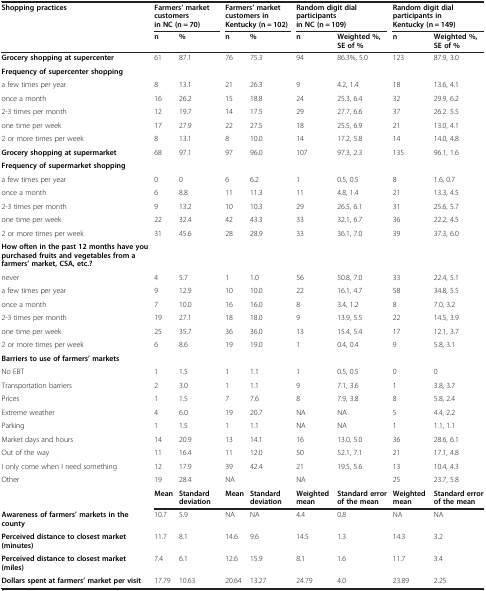
<table><thead><tr><td><b>Shopping practices</b></td><td colspan="2"><b>Farmers’ market customers in NC (n = 70)</b></td><td colspan="2"><b>Farmers’ market customers in Kentucky (n = 102)</b></td><td colspan="2"><b>Random digit dial participants in NC (n = 109)</b></td><td colspan="2"><b>Random digit dial participants in Kentucky (n = 149)</b></td></tr><tr><td><b> </b></td><td><b>n</b></td><td><b>%</b></td><td><b>n</b></td><td><b>%</b></td><td><b>n</b></td><td><b>Weighted %, SE of %</b></td><td><b>n</b></td><td><b>Weighted %, SE of %</b></td></tr></thead><tbody><tr><td><b>Grocery shopping at supercenter</b></td><td>61</td><td>87.1</td><td>76</td><td>75.3</td><td>94</td><td>86.3%, 5.0</td><td>123</td><td>87.9, 3.0</td></tr><tr><td><b>Frequency of supercenter shopping</b></td><td> </td><td> </td><td> </td><td> </td><td> </td><td> </td><td> </td><td> </td></tr><tr><td>a few times per year</td><td>8</td><td>13.1</td><td>21</td><td>26.3</td><td>9</td><td>4.2, 1.4</td><td>18</td><td>13.6, 4.1</td></tr><tr><td>once a month</td><td>16</td><td>26.2</td><td>15</td><td>18.8</td><td>24</td><td>25.3, 6.4</td><td>32</td><td>29.9, 6.2</td></tr><tr><td>2-3 times per month</td><td>12</td><td>19.7</td><td>14</td><td>17.5</td><td>29</td><td>27.7, 6.6</td><td>37</td><td>26.2. 5.5</td></tr><tr><td>one time per week</td><td>17</td><td>27.9</td><td>22</td><td>27.5</td><td>18</td><td>25.5, 6.9</td><td>21</td><td>13.0, 4.1</td></tr><tr><td>2 or more times per week</td><td>8</td><td>13.1</td><td>8</td><td>10.0</td><td>14</td><td>17.2, 5.8</td><td>14</td><td>14.0, 4.8</td></tr><tr><td><b>Grocery shopping at supermarket</b></td><td>68</td><td>97.1</td><td>97</td><td>96.0</td><td>107</td><td>97.3, 2.3</td><td>135</td><td>96.1, 1.6</td></tr><tr><td><b>Frequency of supermarket shopping</b></td><td> </td><td> </td><td> </td><td> </td><td> </td><td> </td><td> </td><td> </td></tr><tr><td>a few times per year</td><td>0</td><td>0</td><td>6</td><td>6.2</td><td>1</td><td>0.5, 0.5</td><td>8</td><td>1.6, 0.7</td></tr><tr><td>once a month</td><td>6</td><td>8.8</td><td>11</td><td>11.3</td><td>11</td><td>4.8, 1.4</td><td>21</td><td>13.3, 4.5</td></tr><tr><td>2-3 times per month</td><td>9</td><td>13.2</td><td>10</td><td>10.3</td><td>29</td><td>26.5, 6.1</td><td>31</td><td>25.6, 5.7</td></tr><tr><td>one time per week</td><td>22</td><td>32.4</td><td>42</td><td>43.3</td><td>33</td><td>32.1, 6.7</td><td>36</td><td>22.2, 4.5</td></tr><tr><td>2 or more times per week</td><td>31</td><td>45.6</td><td>28</td><td>28.9</td><td>33</td><td>36.1, 7.0</td><td>39</td><td>37.3, 6.0</td></tr><tr><td><b>How often in the past 12 months have you purchased fruits and vegetables from a farmers’ market, CSA, etc.?</b></td><td> </td><td> </td><td> </td><td> </td><td> </td><td> </td><td> </td><td> </td></tr><tr><td>never</td><td>4</td><td>5.7</td><td>1</td><td>1.0</td><td>56</td><td>50.8, 7.0</td><td>33</td><td>22.4, 5.1</td></tr><tr><td>a few times per year</td><td>9</td><td>12.9</td><td>10</td><td>10.0</td><td>22</td><td>16.1, 4.7</td><td>58</td><td>34.8, 5.5</td></tr><tr><td>once a month</td><td>7</td><td>10.0</td><td>16</td><td>16.0</td><td>8</td><td>3.4, 1.2</td><td>8</td><td>7.0, 3.2</td></tr><tr><td>2-3 times per month</td><td>19</td><td>27.1</td><td>18</td><td>18.0</td><td>9</td><td>13.9, 5.5</td><td>22</td><td>14.5, 3.9</td></tr><tr><td>one time per week</td><td>25</td><td>35.7</td><td>36</td><td>36.0</td><td>13</td><td>15.4, 5.4</td><td>17</td><td>12.1, 3.7</td></tr><tr><td>2 or more times per week</td><td>6</td><td>8.6</td><td>19</td><td>19.0</td><td>1</td><td>0.4, 0.4</td><td>9</td><td>5.8, 3.1</td></tr><tr><td><b>Barriers to use of farmers’ markets</b></td><td> </td><td> </td><td> </td><td> </td><td> </td><td> </td><td> </td><td> </td></tr><tr><td>No EBT</td><td>1</td><td>1.5</td><td>1</td><td>1.1</td><td>1</td><td>0.5, 0.5</td><td>0</td><td>0</td></tr><tr><td>Transportation barriers</td><td>2</td><td>3.0</td><td>1</td><td>1.1</td><td>9</td><td>7.1, 3.6</td><td>1</td><td>3.8, 3.7</td></tr><tr><td>Prices</td><td>1</td><td>1.5</td><td>7</td><td>7.6</td><td>8</td><td>7.9, 3.8</td><td>8</td><td>5.8, 2.4</td></tr><tr><td>Extreme weather</td><td>4</td><td>6.0</td><td>19</td><td>20.7</td><td>NA</td><td>NA</td><td>5</td><td>4.4, 2.2</td></tr><tr><td>Parking</td><td>1</td><td>1.5</td><td>1</td><td>1.1</td><td>NA</td><td>NA</td><td>1</td><td>1.1, 1.1</td></tr><tr><td>Market days and hours</td><td>14</td><td>20.9</td><td>13</td><td>14.1</td><td>16</td><td>13.0, 5.0</td><td>36</td><td>28.6, 6.1</td></tr><tr><td>Out of the way</td><td>11</td><td>16.4</td><td>11</td><td>12.0</td><td>50</td><td>52.1, 7.1</td><td>21</td><td>17.1, 4.8</td></tr><tr><td>I only come when I need something</td><td>12</td><td>17.9</td><td>39</td><td>42.4</td><td>21</td><td>19.5, 5.6</td><td>13</td><td>10.4, 4.3</td></tr><tr><td>Other</td><td>19</td><td>28.4</td><td>NA</td><td> </td><td>NA</td><td> </td><td>25</td><td>23.7, 5.8</td></tr><tr><td> </td><td><b>Mean</b></td><td><b>Standard deviation</b></td><td><b>Mean</b></td><td><b>Standard deviation</b></td><td><b>Weighted mean</b></td><td><b>Standard error of the mean</b></td><td><b>Weighted mean</b></td><td><b>Standard error of the mean</b></td></tr><tr><td><b>Awareness of farmers’ markets in the county</b></td><td>10.7</td><td>5.9</td><td>NA</td><td>NA</td><td>4.4</td><td>0.8</td><td>NA</td><td>NA</td></tr><tr><td><b>Perceived distance to closest market (minutes)</b></td><td>11.7</td><td>8.1</td><td>14.6</td><td>9.6</td><td>14.5</td><td>1.3</td><td>14.3</td><td>3.2</td></tr><tr><td><b>Perceived distance to closest market (miles)</b></td><td>7.4</td><td>6.1</td><td>12.6</td><td>15.9</td><td>8.1</td><td>1.6</td><td>11.7</td><td>3.4</td></tr><tr><td><b>Dollars spent at farmers’ market per visit</b></td><td>17.79</td><td>10.63</td><td>20.64</td><td>13.27</td><td>24.79</td><td>4.0</td><td>23.89</td><td>2.25</td></tr></tbody></table>